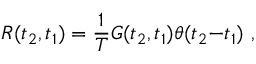
R ( t _ { 2 } , t _ { 1 } ) = \frac { 1 } { T } G ( t _ { 2 } , t _ { 1 } ) \theta ( t _ { 2 } { - } t _ { 1 } ) ~ ,